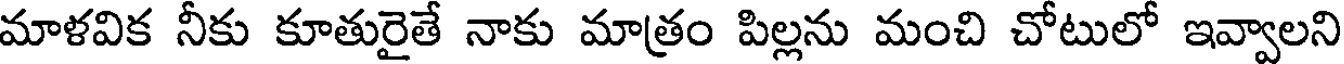
మాళవిక నీకు కూతురైతే నాకు మాత్రం పిల్లను మంచి చోటులో ఇవ్వాలని